Madras plague regulations in force outside the Presidency town - Volume 4
Disease focus: Plague
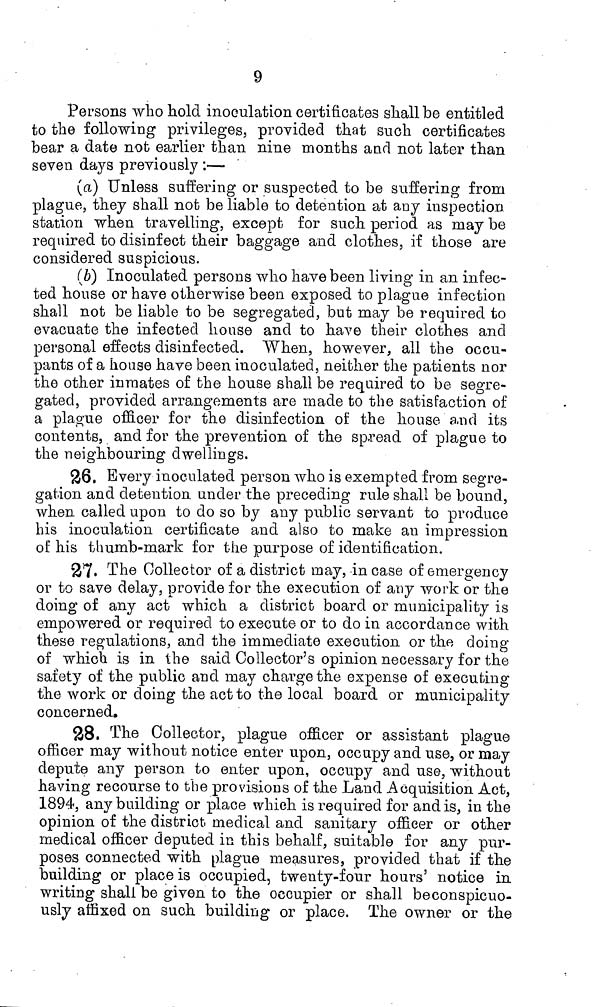
9
Persons who hold inoculation certificates shall be entitled
to the following privileges, provided that such certificates
bear a date not earlier than nine months acid not later than
seven days previously :—
(a) Unless suffering or suspected to be suffering from
plague, they shall not be liable to detention at aoy inspection
station when travelling, except for such period as may be
required to disinfect their baggage and clothes, if those are
considered suspicious.
(b) Inoculated persons who have been living in an infec-
ted house or have otherwise been exposed to plague infection
shall not be liable to be segregated, but may be required to
evacuate the infected house and to have their clothes and
personal effects disinfected. "When, however, all the occu-
pants of a house have been inoculated, neither the patients nor
the other inmates of the house shall be required to be segre-
gated, provided arrangements are made to the satisfaction of
a plague officer for the disinfection oí the house and its
contents, and for the prevention of the spread of plague to
the neighbouring dwellings.
26. Every inoculated person who is exempted from segre-
gation and detention under the preceding rule shall be bound,
when called upon to do so by any public servant to produce
his inoculation certificate and also to make an impression
of his thumb-mark for the purpose of identification.
27. The Collector of a district may, incase of emergency
or to save delay, provide for the execution of any work or the
doing of any act which a district board or municipality is
empowered or required to execute or to do in accordance with
these regulations, and the immediate execution or the doing
of which is in the said Collector's opinion necessary for the
safety of the public and may charge the expense of executing
the work or doing the act to the local board or municipality
concerned.
28, The Collector, plague officer or assistant plague
officer may without notice enter upon, occupy and use, or may
depute any person to enter upon, occupy and use, without
having recourse to the provisions of the Laud Acquisition Act,
1894, any building or place which is required for and is, in the
opinion of the district medical and sanitary officer or other
medical officer deputed in this behalf, suitable for any pur-
poses connected with plague measures, provided that if the
building or place is occupied, twenty-four hours' notice in
writing shall be given to the occupier or shall be conspicuo-
usly affixed on such building or place. The owner or the